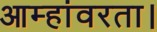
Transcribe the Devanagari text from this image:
आम्हांवरता।